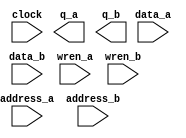
// megafunction wizard: %RAM: 2-PORT%VBB%
// GENERATION: STANDARD
// VERSION: WM1.0
// MODULE: altsyncram 

// ============================================================
// Megafunction Name(s):
// 			altsyncram
//
// Simulation Library Files(s):
// 			altera_mf
// ============================================================
// ************************************************************
// THIS IS A WIZARD-GENERATED FILE. DO NOT EDIT THIS FILE!
//
// 18.0.0 Build 614 04/24/2018 SJ Standard Edition
// ************************************************************

//Copyright (C) 2018  Intel Corporation. All rights reserved.
//Your use of Intel Corporation's design tools, logic functions 
//and other software and tools, and its AMPP partner logic 
//functions, and any output files from any of the foregoing 
//(including device programming or simulation files), and any 
//associated documentation or information are expressly subject 
//to the terms and conditions of the Intel Program License 
//Subscription Agreement, the Intel Quartus Prime License Agreement,
//the Intel FPGA IP License Agreement, or other applicable license
//agreement, including, without limitation, that your use is for
//the sole purpose of programming logic devices manufactured by
//Intel and sold by Intel or its authorized distributors.  Please
//refer to the applicable agreement for further details.

module buttonRAM (
	address_a,
	address_b,
	clock,
	data_a,
	data_b,
	wren_a,
	wren_b,
	q_a,
	q_b);

	input	[3:0]  address_a;
	input	[3:0]  address_b;
	input	  clock;
	input	[9:0]  data_a;
	input	[9:0]  data_b;
	input	  wren_a;
	input	  wren_b;
	output	[9:0]  q_a;
	output	[9:0]  q_b;
`ifndef ALTERA_RESERVED_QIS
// synopsys translate_off
`endif
	tri1	  clock;
	tri0	  wren_a;
	tri0	  wren_b;
`ifndef ALTERA_RESERVED_QIS
// synopsys translate_on
`endif

endmodule

// ============================================================
// CNX file retrieval info
// ============================================================
// Retrieval info: PRIVATE: ADDRESSSTALL_A NUMERIC "0"
// Retrieval info: PRIVATE: ADDRESSSTALL_B NUMERIC "0"
// Retrieval info: PRIVATE: BYTEENA_ACLR_A NUMERIC "0"
// Retrieval info: PRIVATE: BYTEENA_ACLR_B NUMERIC "0"
// Retrieval info: PRIVATE: BYTE_ENABLE_A NUMERIC "0"
// Retrieval info: PRIVATE: BYTE_ENABLE_B NUMERIC "0"
// Retrieval info: PRIVATE: BYTE_SIZE NUMERIC "8"
// Retrieval info: PRIVATE: BlankMemory NUMERIC "0"
// Retrieval info: PRIVATE: CLOCK_ENABLE_INPUT_A NUMERIC "0"
// Retrieval info: PRIVATE: CLOCK_ENABLE_INPUT_B NUMERIC "0"
// Retrieval info: PRIVATE: CLOCK_ENABLE_OUTPUT_A NUMERIC "0"
// Retrieval info: PRIVATE: CLOCK_ENABLE_OUTPUT_B NUMERIC "0"
// Retrieval info: PRIVATE: CLRdata NUMERIC "0"
// Retrieval info: PRIVATE: CLRq NUMERIC "0"
// Retrieval info: PRIVATE: CLRrdaddress NUMERIC "0"
// Retrieval info: PRIVATE: CLRrren NUMERIC "0"
// Retrieval info: PRIVATE: CLRwraddress NUMERIC "0"
// Retrieval info: PRIVATE: CLRwren NUMERIC "0"
// Retrieval info: PRIVATE: Clock NUMERIC "0"
// Retrieval info: PRIVATE: Clock_A NUMERIC "0"
// Retrieval info: PRIVATE: Clock_B NUMERIC "0"
// Retrieval info: PRIVATE: IMPLEMENT_IN_LES NUMERIC "0"
// Retrieval info: PRIVATE: INDATA_ACLR_B NUMERIC "0"
// Retrieval info: PRIVATE: INDATA_REG_B NUMERIC "1"
// Retrieval info: PRIVATE: INIT_FILE_LAYOUT STRING "PORT_A"
// Retrieval info: PRIVATE: INIT_TO_SIM_X NUMERIC "0"
// Retrieval info: PRIVATE: INTENDED_DEVICE_FAMILY STRING "Cyclone V"
// Retrieval info: PRIVATE: JTAG_ENABLED NUMERIC "0"
// Retrieval info: PRIVATE: JTAG_ID STRING "NONE"
// Retrieval info: PRIVATE: MAXIMUM_DEPTH NUMERIC "0"
// Retrieval info: PRIVATE: MEMSIZE NUMERIC "160"
// Retrieval info: PRIVATE: MEM_IN_BITS NUMERIC "0"
// Retrieval info: PRIVATE: MIFfilename STRING "buttonInit.mif"
// Retrieval info: PRIVATE: OPERATION_MODE NUMERIC "3"
// Retrieval info: PRIVATE: OUTDATA_ACLR_B NUMERIC "0"
// Retrieval info: PRIVATE: OUTDATA_REG_B NUMERIC "1"
// Retrieval info: PRIVATE: RAM_BLOCK_TYPE NUMERIC "0"
// Retrieval info: PRIVATE: READ_DURING_WRITE_MODE_MIXED_PORTS NUMERIC "1"
// Retrieval info: PRIVATE: READ_DURING_WRITE_MODE_PORT_A NUMERIC "3"
// Retrieval info: PRIVATE: READ_DURING_WRITE_MODE_PORT_B NUMERIC "3"
// Retrieval info: PRIVATE: REGdata NUMERIC "1"
// Retrieval info: PRIVATE: REGq NUMERIC "1"
// Retrieval info: PRIVATE: REGrdaddress NUMERIC "0"
// Retrieval info: PRIVATE: REGrren NUMERIC "0"
// Retrieval info: PRIVATE: REGwraddress NUMERIC "1"
// Retrieval info: PRIVATE: REGwren NUMERIC "1"
// Retrieval info: PRIVATE: SYNTH_WRAPPER_GEN_POSTFIX STRING "0"
// Retrieval info: PRIVATE: USE_DIFF_CLKEN NUMERIC "0"
// Retrieval info: PRIVATE: UseDPRAM NUMERIC "1"
// Retrieval info: PRIVATE: VarWidth NUMERIC "0"
// Retrieval info: PRIVATE: WIDTH_READ_A NUMERIC "10"
// Retrieval info: PRIVATE: WIDTH_READ_B NUMERIC "10"
// Retrieval info: PRIVATE: WIDTH_WRITE_A NUMERIC "10"
// Retrieval info: PRIVATE: WIDTH_WRITE_B NUMERIC "10"
// Retrieval info: PRIVATE: WRADDR_ACLR_B NUMERIC "0"
// Retrieval info: PRIVATE: WRADDR_REG_B NUMERIC "1"
// Retrieval info: PRIVATE: WRCTRL_ACLR_B NUMERIC "0"
// Retrieval info: PRIVATE: enable NUMERIC "0"
// Retrieval info: PRIVATE: rden NUMERIC "0"
// Retrieval info: LIBRARY: altera_mf altera_mf.altera_mf_components.all
// Retrieval info: CONSTANT: ADDRESS_REG_B STRING "CLOCK0"
// Retrieval info: CONSTANT: CLOCK_ENABLE_INPUT_A STRING "BYPASS"
// Retrieval info: CONSTANT: CLOCK_ENABLE_INPUT_B STRING "BYPASS"
// Retrieval info: CONSTANT: CLOCK_ENABLE_OUTPUT_A STRING "BYPASS"
// Retrieval info: CONSTANT: CLOCK_ENABLE_OUTPUT_B STRING "BYPASS"
// Retrieval info: CONSTANT: INDATA_REG_B STRING "CLOCK0"
// Retrieval info: CONSTANT: INIT_FILE STRING "buttonInit.mif"
// Retrieval info: CONSTANT: INTENDED_DEVICE_FAMILY STRING "Cyclone V"
// Retrieval info: CONSTANT: LPM_TYPE STRING "altsyncram"
// Retrieval info: CONSTANT: NUMWORDS_A NUMERIC "16"
// Retrieval info: CONSTANT: NUMWORDS_B NUMERIC "16"
// Retrieval info: CONSTANT: OPERATION_MODE STRING "BIDIR_DUAL_PORT"
// Retrieval info: CONSTANT: OUTDATA_ACLR_A STRING "NONE"
// Retrieval info: CONSTANT: OUTDATA_ACLR_B STRING "NONE"
// Retrieval info: CONSTANT: OUTDATA_REG_A STRING "CLOCK0"
// Retrieval info: CONSTANT: OUTDATA_REG_B STRING "CLOCK0"
// Retrieval info: CONSTANT: POWER_UP_UNINITIALIZED STRING "FALSE"
// Retrieval info: CONSTANT: READ_DURING_WRITE_MODE_MIXED_PORTS STRING "OLD_DATA"
// Retrieval info: CONSTANT: READ_DURING_WRITE_MODE_PORT_A STRING "NEW_DATA_NO_NBE_READ"
// Retrieval info: CONSTANT: READ_DURING_WRITE_MODE_PORT_B STRING "NEW_DATA_NO_NBE_READ"
// Retrieval info: CONSTANT: WIDTHAD_A NUMERIC "4"
// Retrieval info: CONSTANT: WIDTHAD_B NUMERIC "4"
// Retrieval info: CONSTANT: WIDTH_A NUMERIC "10"
// Retrieval info: CONSTANT: WIDTH_B NUMERIC "10"
// Retrieval info: CONSTANT: WIDTH_BYTEENA_A NUMERIC "1"
// Retrieval info: CONSTANT: WIDTH_BYTEENA_B NUMERIC "1"
// Retrieval info: CONSTANT: WRCONTROL_WRADDRESS_REG_B STRING "CLOCK0"
// Retrieval info: USED_PORT: address_a 0 0 4 0 INPUT NODEFVAL "address_a[3..0]"
// Retrieval info: USED_PORT: address_b 0 0 4 0 INPUT NODEFVAL "address_b[3..0]"
// Retrieval info: USED_PORT: clock 0 0 0 0 INPUT VCC "clock"
// Retrieval info: USED_PORT: data_a 0 0 10 0 INPUT NODEFVAL "data_a[9..0]"
// Retrieval info: USED_PORT: data_b 0 0 10 0 INPUT NODEFVAL "data_b[9..0]"
// Retrieval info: USED_PORT: q_a 0 0 10 0 OUTPUT NODEFVAL "q_a[9..0]"
// Retrieval info: USED_PORT: q_b 0 0 10 0 OUTPUT NODEFVAL "q_b[9..0]"
// Retrieval info: USED_PORT: wren_a 0 0 0 0 INPUT GND "wren_a"
// Retrieval info: USED_PORT: wren_b 0 0 0 0 INPUT GND "wren_b"
// Retrieval info: CONNECT: @address_a 0 0 4 0 address_a 0 0 4 0
// Retrieval info: CONNECT: @address_b 0 0 4 0 address_b 0 0 4 0
// Retrieval info: CONNECT: @clock0 0 0 0 0 clock 0 0 0 0
// Retrieval info: CONNECT: @data_a 0 0 10 0 data_a 0 0 10 0
// Retrieval info: CONNECT: @data_b 0 0 10 0 data_b 0 0 10 0
// Retrieval info: CONNECT: @wren_a 0 0 0 0 wren_a 0 0 0 0
// Retrieval info: CONNECT: @wren_b 0 0 0 0 wren_b 0 0 0 0
// Retrieval info: CONNECT: q_a 0 0 10 0 @q_a 0 0 10 0
// Retrieval info: CONNECT: q_b 0 0 10 0 @q_b 0 0 10 0
// Retrieval info: GEN_FILE: TYPE_NORMAL buttonRAM.v TRUE
// Retrieval info: GEN_FILE: TYPE_NORMAL buttonRAM.inc FALSE
// Retrieval info: GEN_FILE: TYPE_NORMAL buttonRAM.cmp FALSE
// Retrieval info: GEN_FILE: TYPE_NORMAL buttonRAM.bsf FALSE
// Retrieval info: GEN_FILE: TYPE_NORMAL buttonRAM_inst.v FALSE
// Retrieval info: GEN_FILE: TYPE_NORMAL buttonRAM_bb.v TRUE
// Retrieval info: LIB_FILE: altera_mf